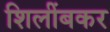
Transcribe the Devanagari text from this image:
शिलींबकर